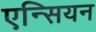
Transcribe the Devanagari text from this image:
एन्सियन